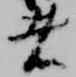
者